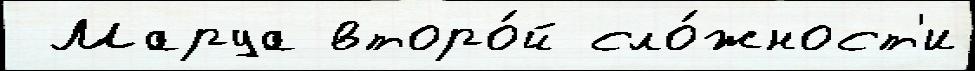
 Маруа второ́й сло́жност'и